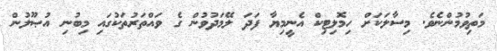
މަތިވުމުންނެވެ. މިސާލަކަށް ހިމޮލިޓިކް އެނީމިޔާ ފަދަ ލޭމަދުވުން ގެ ވައްތަރުތަކުގައި މިބުނި އުޞޫލުން